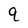
Character: 9